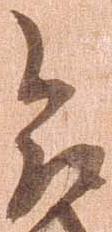
合